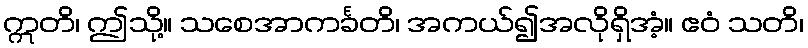
ဣတိ၊ ဤသို့။ သစေအာကင်္ခတိ၊ အကယ်၍အလိုရှိအံ့။ ဧဝံ သတိ၊